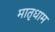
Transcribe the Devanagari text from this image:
मातृधाम